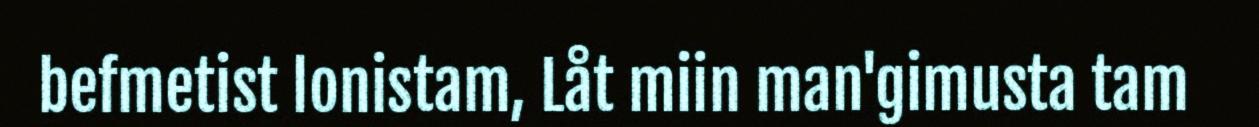
befmetist lonistam, Låt miin man'gimusta tam